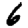
Digit: 6